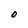
Character: O